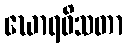
ဃောရဝိသတာ